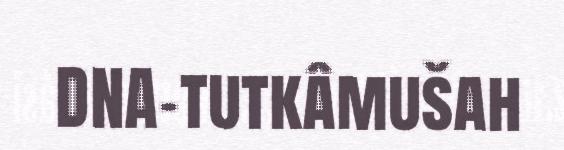
DNA-tutkâmušah